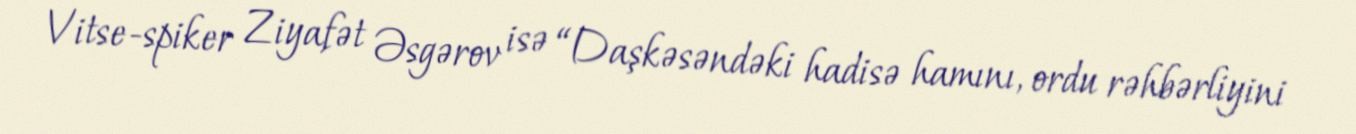
Vitse-spiker Ziyafət Əsgərov isə “Daşkəsəndəki hadisə hamını, ordu rəhbərliyini